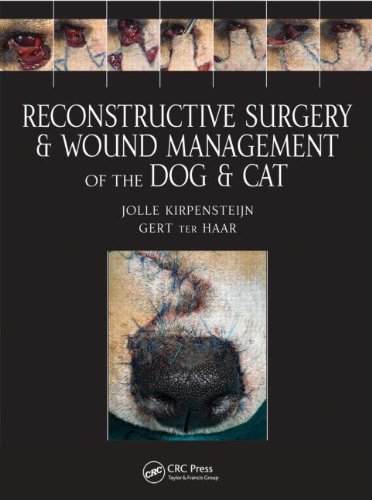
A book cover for Reconstructive Surgery and Wound Management of the Dog and Cat; Jolle Kirpensteijn; Medical Books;